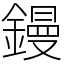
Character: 鏝